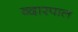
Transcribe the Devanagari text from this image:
व्दारपाल